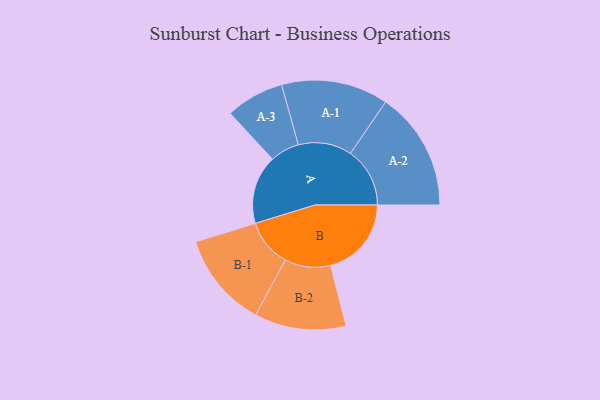
{"axis": {"x": "Segment", "y": "Value"}, "legend": ["", "A", "B"], "data": [{"x": "A", "y": 332, "type": ""}, {"x": "B", "y": 390, "type": ""}, {"x": "A-1", "y": 258, "type": "A"}, {"x": "A-2", "y": 287, "type": "A"}, {"x": "A-3", "y": 141, "type": "A"}, {"x": "B-1", "y": 230, "type": "B"}, {"x": "B-2", "y": 221, "type": "B"}]}